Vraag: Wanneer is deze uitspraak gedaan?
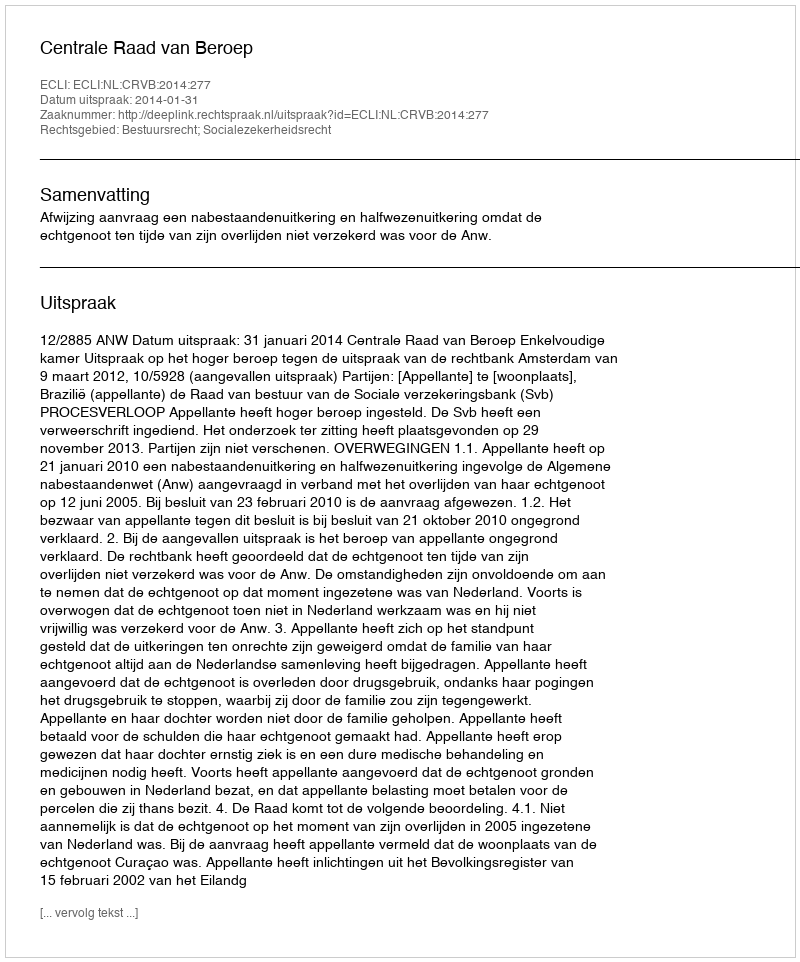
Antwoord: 2014-01-31